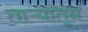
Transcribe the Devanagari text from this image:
ताऱ्यांतून